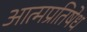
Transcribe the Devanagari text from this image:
आत्मप्रतिषेध